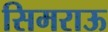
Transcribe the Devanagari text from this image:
सिमराऊ